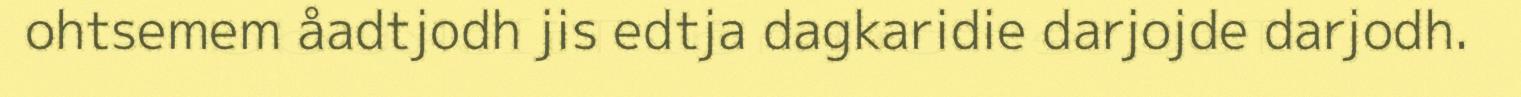
ohtsemem åadtjodh jis edtja dagkaridie darjojde darjodh.